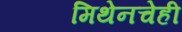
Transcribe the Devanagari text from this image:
मिथेनचेही